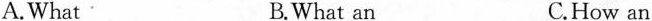
A.What B.What an C.How an